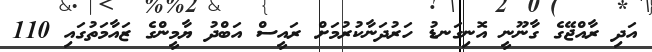
އަދި ރާއްޖޭގެ ގާނޫނީ އޮނިގަނޑު ހަރުދަނާކުރުމަށް ރައީސް އަބްދު ޔާމީންގެ ޒައާމަތުގައި 110